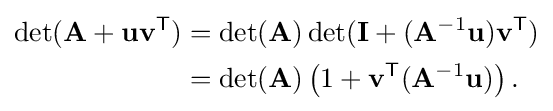
{\begin{aligned}\det(\mathbf {A} +\mathbf {uv} ^{\textsf {T}})&=\det(\mathbf {A} )\det(\mathbf {I} +(\mathbf {A} ^{-1}\mathbf {u} )\mathbf {v} ^{\textsf {T}})\\&=\det(\mathbf {A} )\left(1+\mathbf {v} ^{\textsf {T}}(\mathbf {A} ^{-1}\mathbf {u} )\right).\end{aligned}}